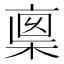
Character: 𠅺